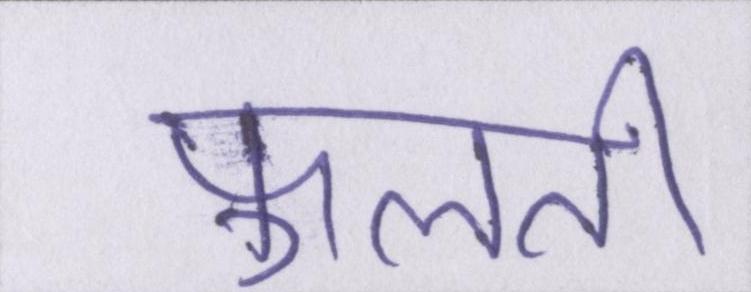
फूलती